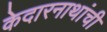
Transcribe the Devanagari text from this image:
केदारनाथांची